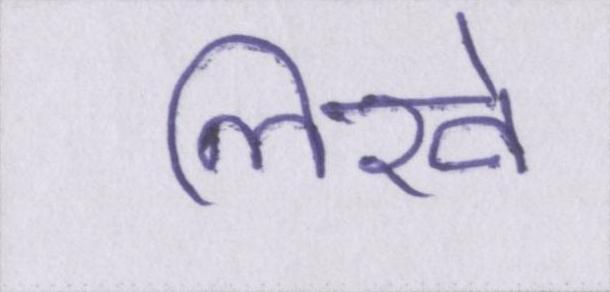
लिखे